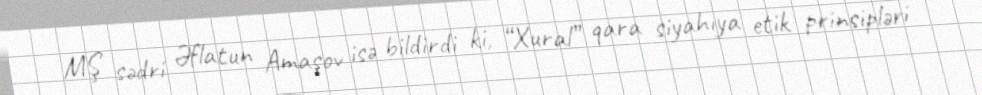
MŞ sədri Əflatun Amaşov isə bildirdi ki, “Xural” qara siyahıya etik prinsipləri